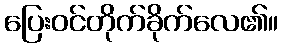
ပြေးဝင်တိုက်ခိုက်လေ၏။